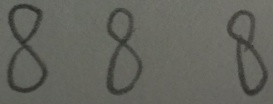
8 8 8